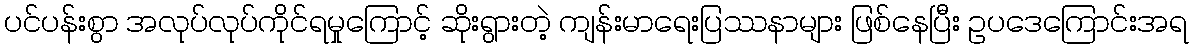
ပင်ပန်းစွာ အလုပ်လုပ်ကိုင်ရမှုကြောင့် ဆိုးရွားတဲ့ ကျန်းမာရေးပြဿနာများ ဖြစ်နေပြီး ဥပဒေကြောင်းအရ